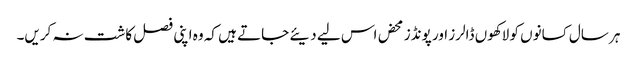
ہر سال کسانوں کو لاکھوں ڈالرز اور پونڈز محض اس لیے دیئے جاتے ہیں کہ وہ اپنی فصل کاشت نہ کریں۔